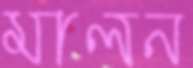
মালন